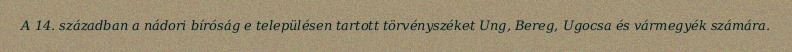
A 14. században a nádori bíróság e településen tartott törvényszéket Ung, Bereg, Ugocsa és vármegyék számára.